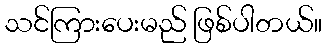
သင်ကြားပေးမည် ဖြစ်ပါတယ်။